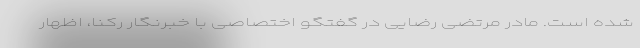
شده است. مادر مرتضی رضایی در گفتگو اختصاصی با خبرنگار رکنا، اظهار